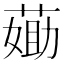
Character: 𦷵